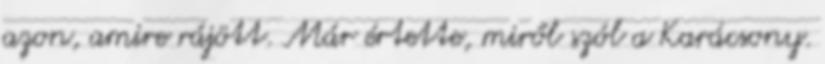
azon, amire rájött. Már értette, miről szól a Karácsony.